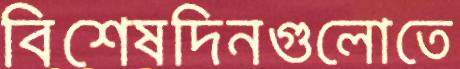
বিশেষদিনগুলোতে